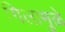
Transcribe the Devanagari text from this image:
गिलामुळे